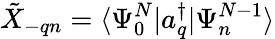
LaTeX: \tilde{X}_{-qn}=\langle\Psi_{0}^{N}|a_{q}^{\dagger}|\Psi_{n}^{N-1}\rangle